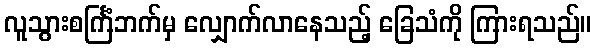
လူသွားစင်္ကြံဘက်မှ လျှောက်လာနေသည့် ခြေသံကို ကြားရသည်။